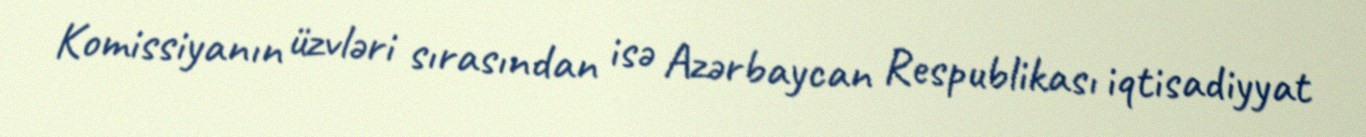
Komissiyanın üzvləri sırasından isə Azərbaycan Respublikası iqtisadiyyat